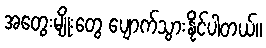
အတွေးမျိုးတွေ ပျောက်သွားနိုင်ပါတယ်။